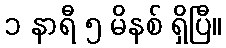
၁ နာရီ ၅ မိနစ် ရှိပြီ။